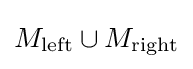
M_{\mathrm {left} }\cup M_{\mathrm {right} }